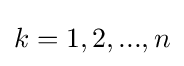
k=1,2,...,n